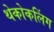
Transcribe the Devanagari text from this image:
थेकोकलिंग